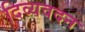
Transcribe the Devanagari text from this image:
दिव्यवदन